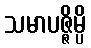
သမာပဇ္ဇိမ္ပိ